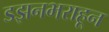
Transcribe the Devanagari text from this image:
डझनभराहून